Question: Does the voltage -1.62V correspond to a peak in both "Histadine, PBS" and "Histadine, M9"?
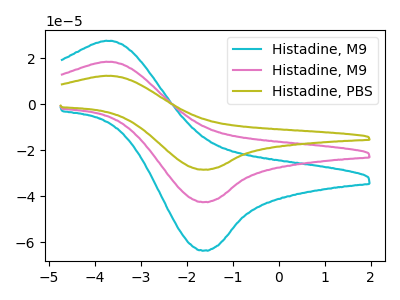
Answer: <think>The cyan curve "Histadine, M9" has an anodic peak at (-3.70V, 36.70uA) and a cathodic peak at (-1.60V, -85.00uA). The pink curve "Histadine, M9" has an anodic peak at (-3.70V, 18.35uA) and a cathodic peak at (-1.60V, -42.50uA). The olive curve "Histadine, PBS" has an anodic peak at (-3.70V, 12.25uA) and a cathodic peak at (-1.60V, -28.45uA).</think>
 <answer>Yes, "Histadine, PBS" and "Histadine, M9" share a peak at -1.62V.</answer>
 <eval>match</eval>